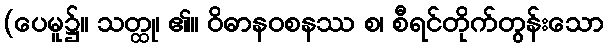
(ပေမူ၌။ သတ္ထု၊ ၏။ ဝိဓာနဝစနဿ စ၊ စီရင်တိုက်တွန်းသော